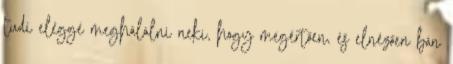
tudi eléggé meghálálni neki, hogy megértően, és elnézően bán